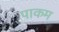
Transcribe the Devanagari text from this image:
पाकम